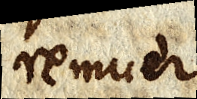
remuer